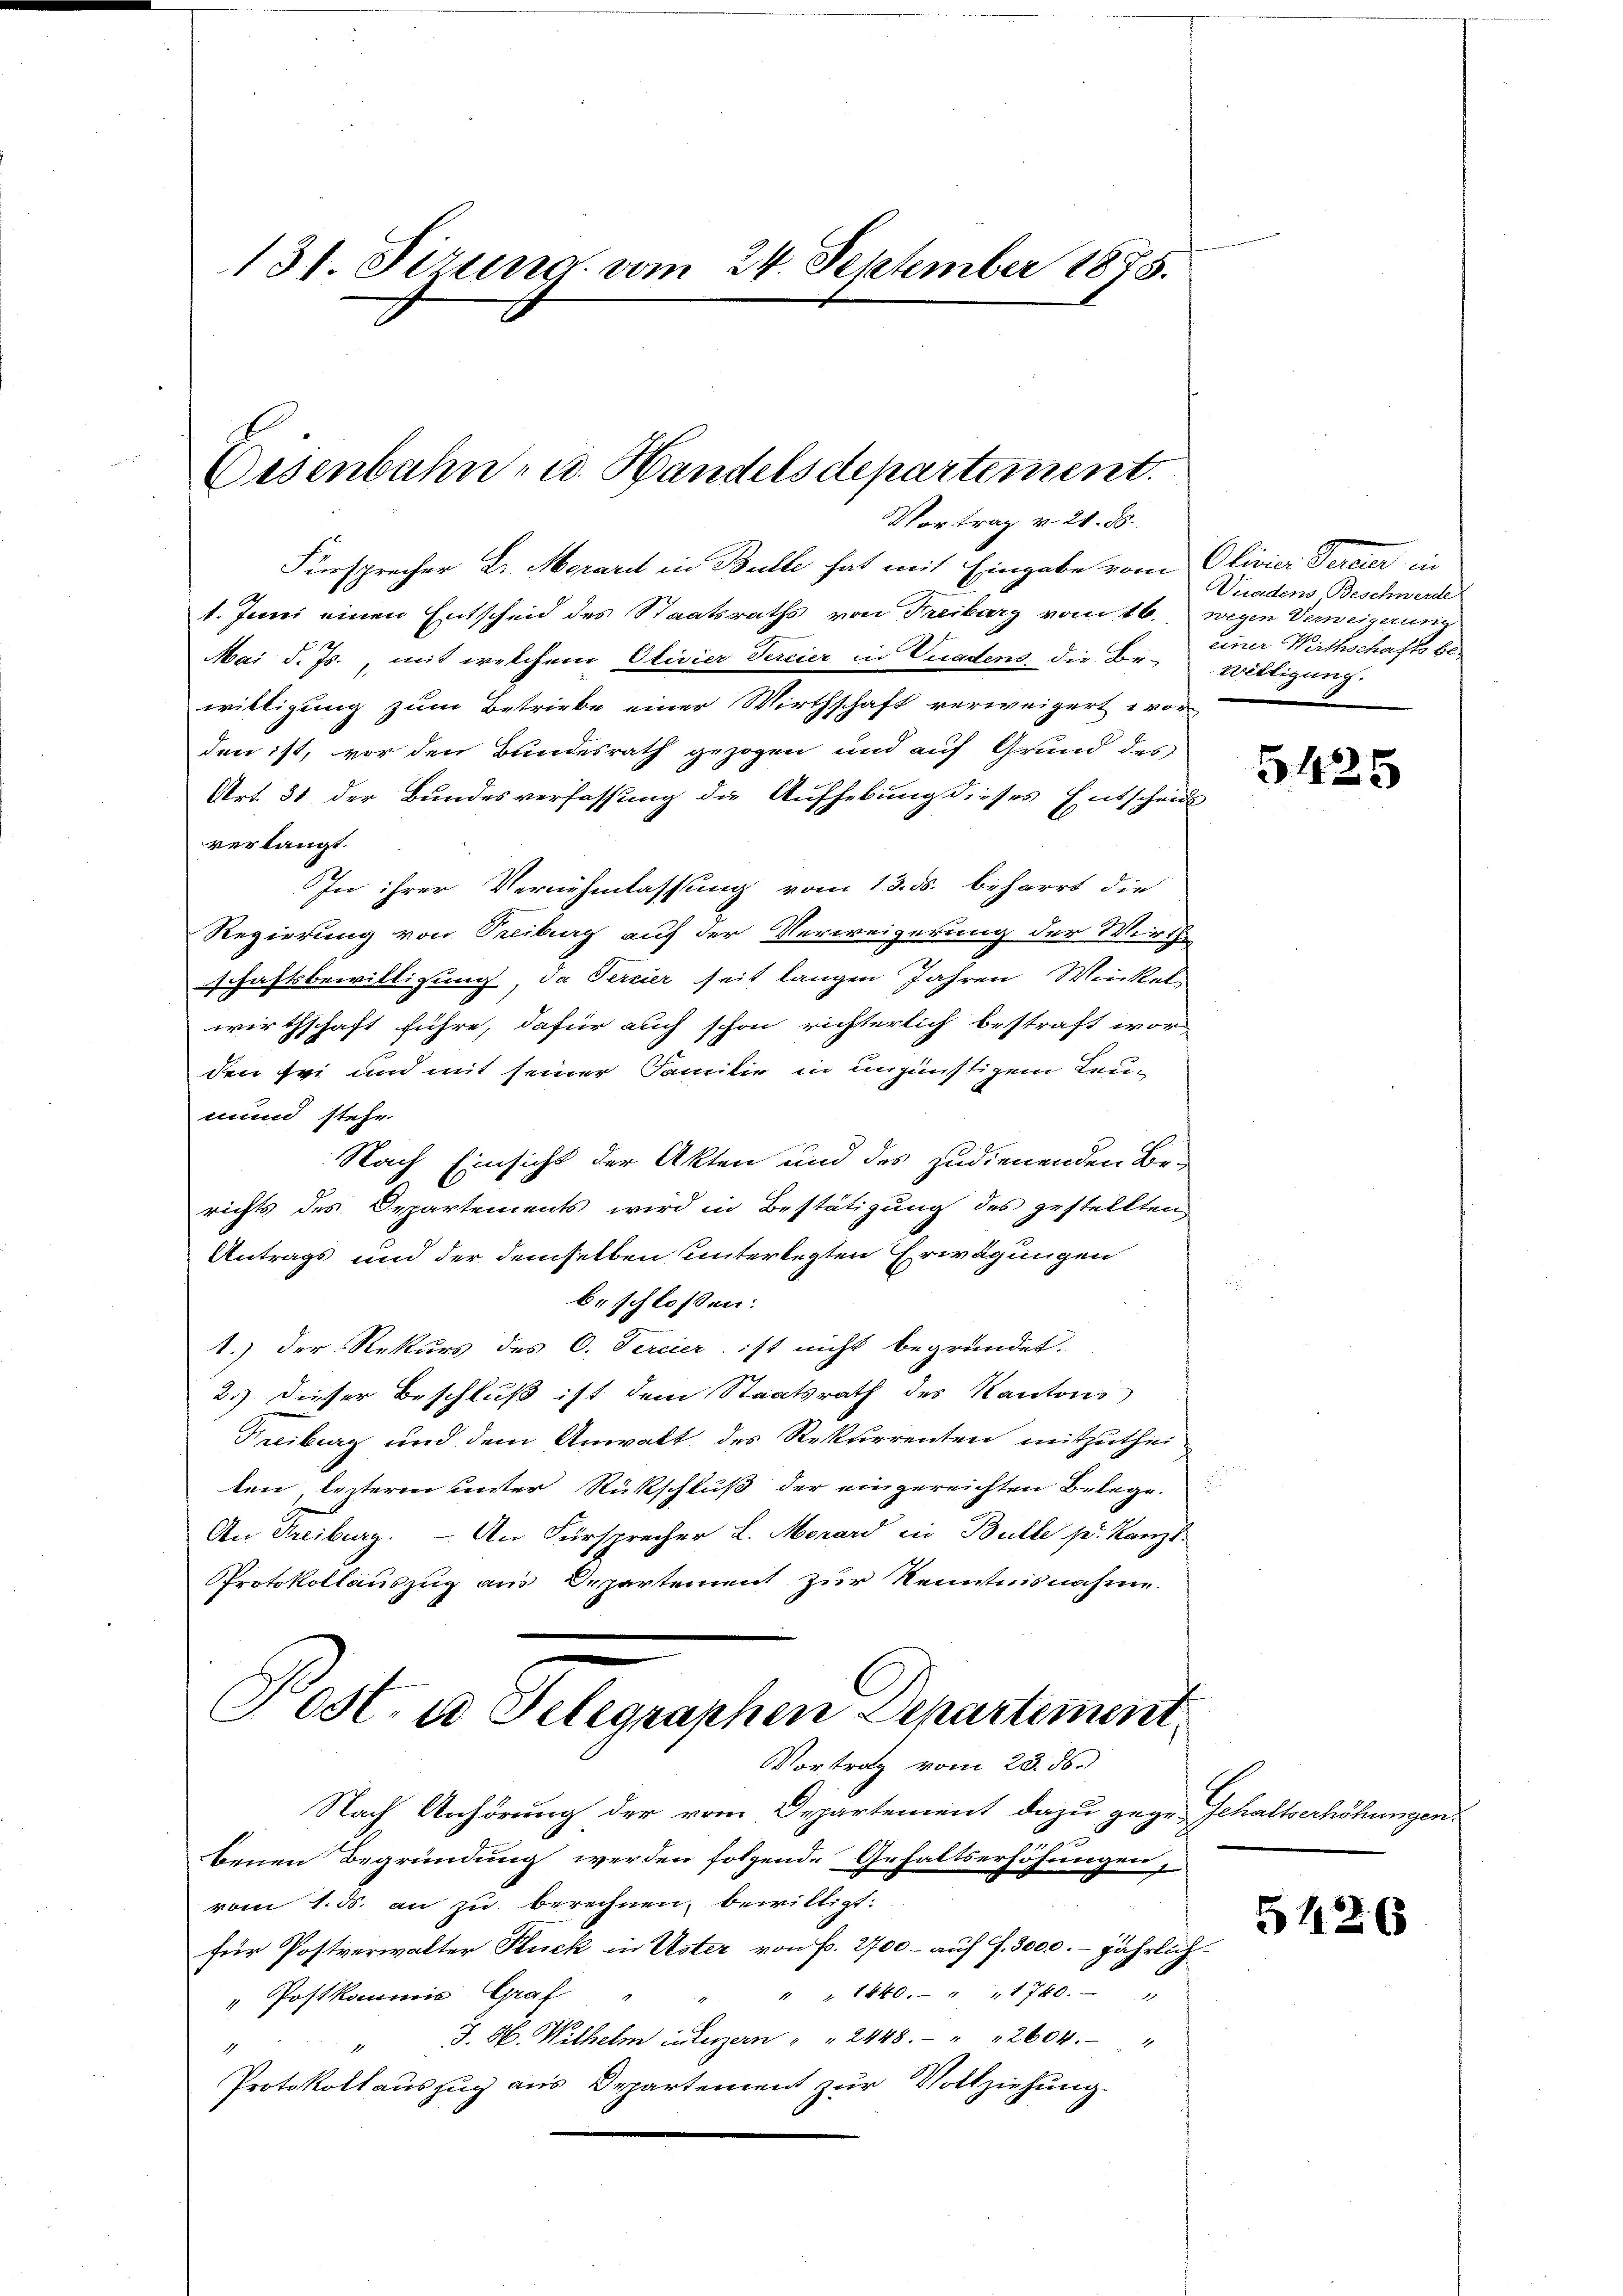
131. Sirung vom 24. September 1875.

Eisenbahn- u. Handelsdepartement.
Vortrag v. 24. 8.

Fürsprecher Dr. Merari in Bulle hat mit Eingabe vom Olivier Tereier in
1. Juni einen Entscheid des Staatsraths von Freiburg vom 16. wegen Verweigerung
Mai d. Js., mit welchem Otivier Percier in Viadens die Be-
willigung zum Betriebe einer Wirthschaft verweigert vor-
den ist, vor den Bundesrath gezogen und auf Grund des
Art. 31 der Bundesverfassung die Aufhebung dieses Entscheids
verlangt.
In ihrer Vernehmlassung vom 13. ds. beharrt die
Regierung von Treiburg auf der Verweigerung der Wirth
schaftsbewilligung, da Percier seit langen Jahren Winkel
wirthschaft führe, dafür auch schon richterlich bestraft wor-
den sei und mit seiner Familie in ungünstigem Leumund stehe.
Nach Einsicht der Akten und des zudienenden Be-
richts des Departements wird in Bestätigung des gestellten
Antrags und der demselben unterlegten Erwägungen
beschloßen:
1.) Der Rekurs des C. Percier ist nicht begründet.
2.) Dieser Beschluß ist dem Staatsrath des Kantons
Freiburg und dem Anwalt des Rekurrenten mitzutheiten lezteren unter Rückschluß der eingereichten Belege.
An Freiburg. - An Fürsprecher L. Morard in Bulle s. Kanzl
Protokollauszug aus Departement zur Kenntnisnahm.
Post, es Telegraphen Departement
Vortrag vom 23. ds.
Nach Anhörung der vom Departement dan gegen Gehaltserhöhungen.
e
benen Begründung werden folgende Gehaltserhöhungen,
vom 1. ds. an zu berechnen, bewilligt:
für Postverwalter Fluck in Uster von Fr. 2700 – auf 7. 3000. jährlich¬
" " 1840 " " 1720.
" Postkommis Graf
J. H. Wilhelm interzern " " 2448. " " 2604. "
1
Protokollauszug aus Departement zur Vollziehung.

Wnadens-Beschwerde
einer Wirthschaftsbe
Willigung.

5425

5426